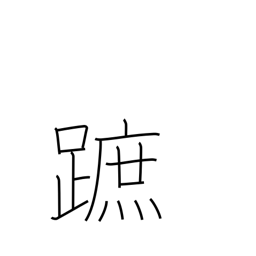
Meaning: sole of foot